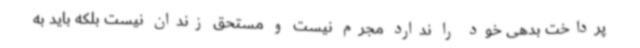
پرداخت بدهی خود را ندارد مجرم نیست و مستحق زندان نیست بلکه باید به